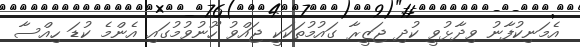
އެމަނިކުފާނު ވިދާޅުވީ ކުދި ޖަޒީރާ ގައުމުތަކަކީ ޖައްވު ހޫނުވުމުގައި އެންމެ ކުޑަ ހިއްސާ